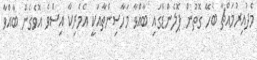
މެދުއިރުމައްޗާ ބެހޭ ގޮތުން ޕޮލެންޑްގައި ބާއްވާ މަހާސިންތާއަކީ އެމެރިކާ އިސްވެ އޮވެގެން ބާއްވާ